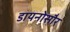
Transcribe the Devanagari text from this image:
डायनोसौर